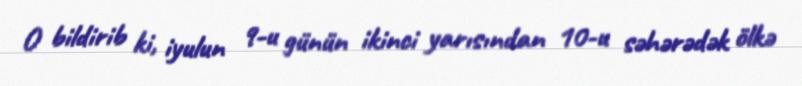
O bildirib ki, iyulun 9-u günün ikinci yarısından 10-u səhərədək ölkə